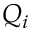
Q _ { i }